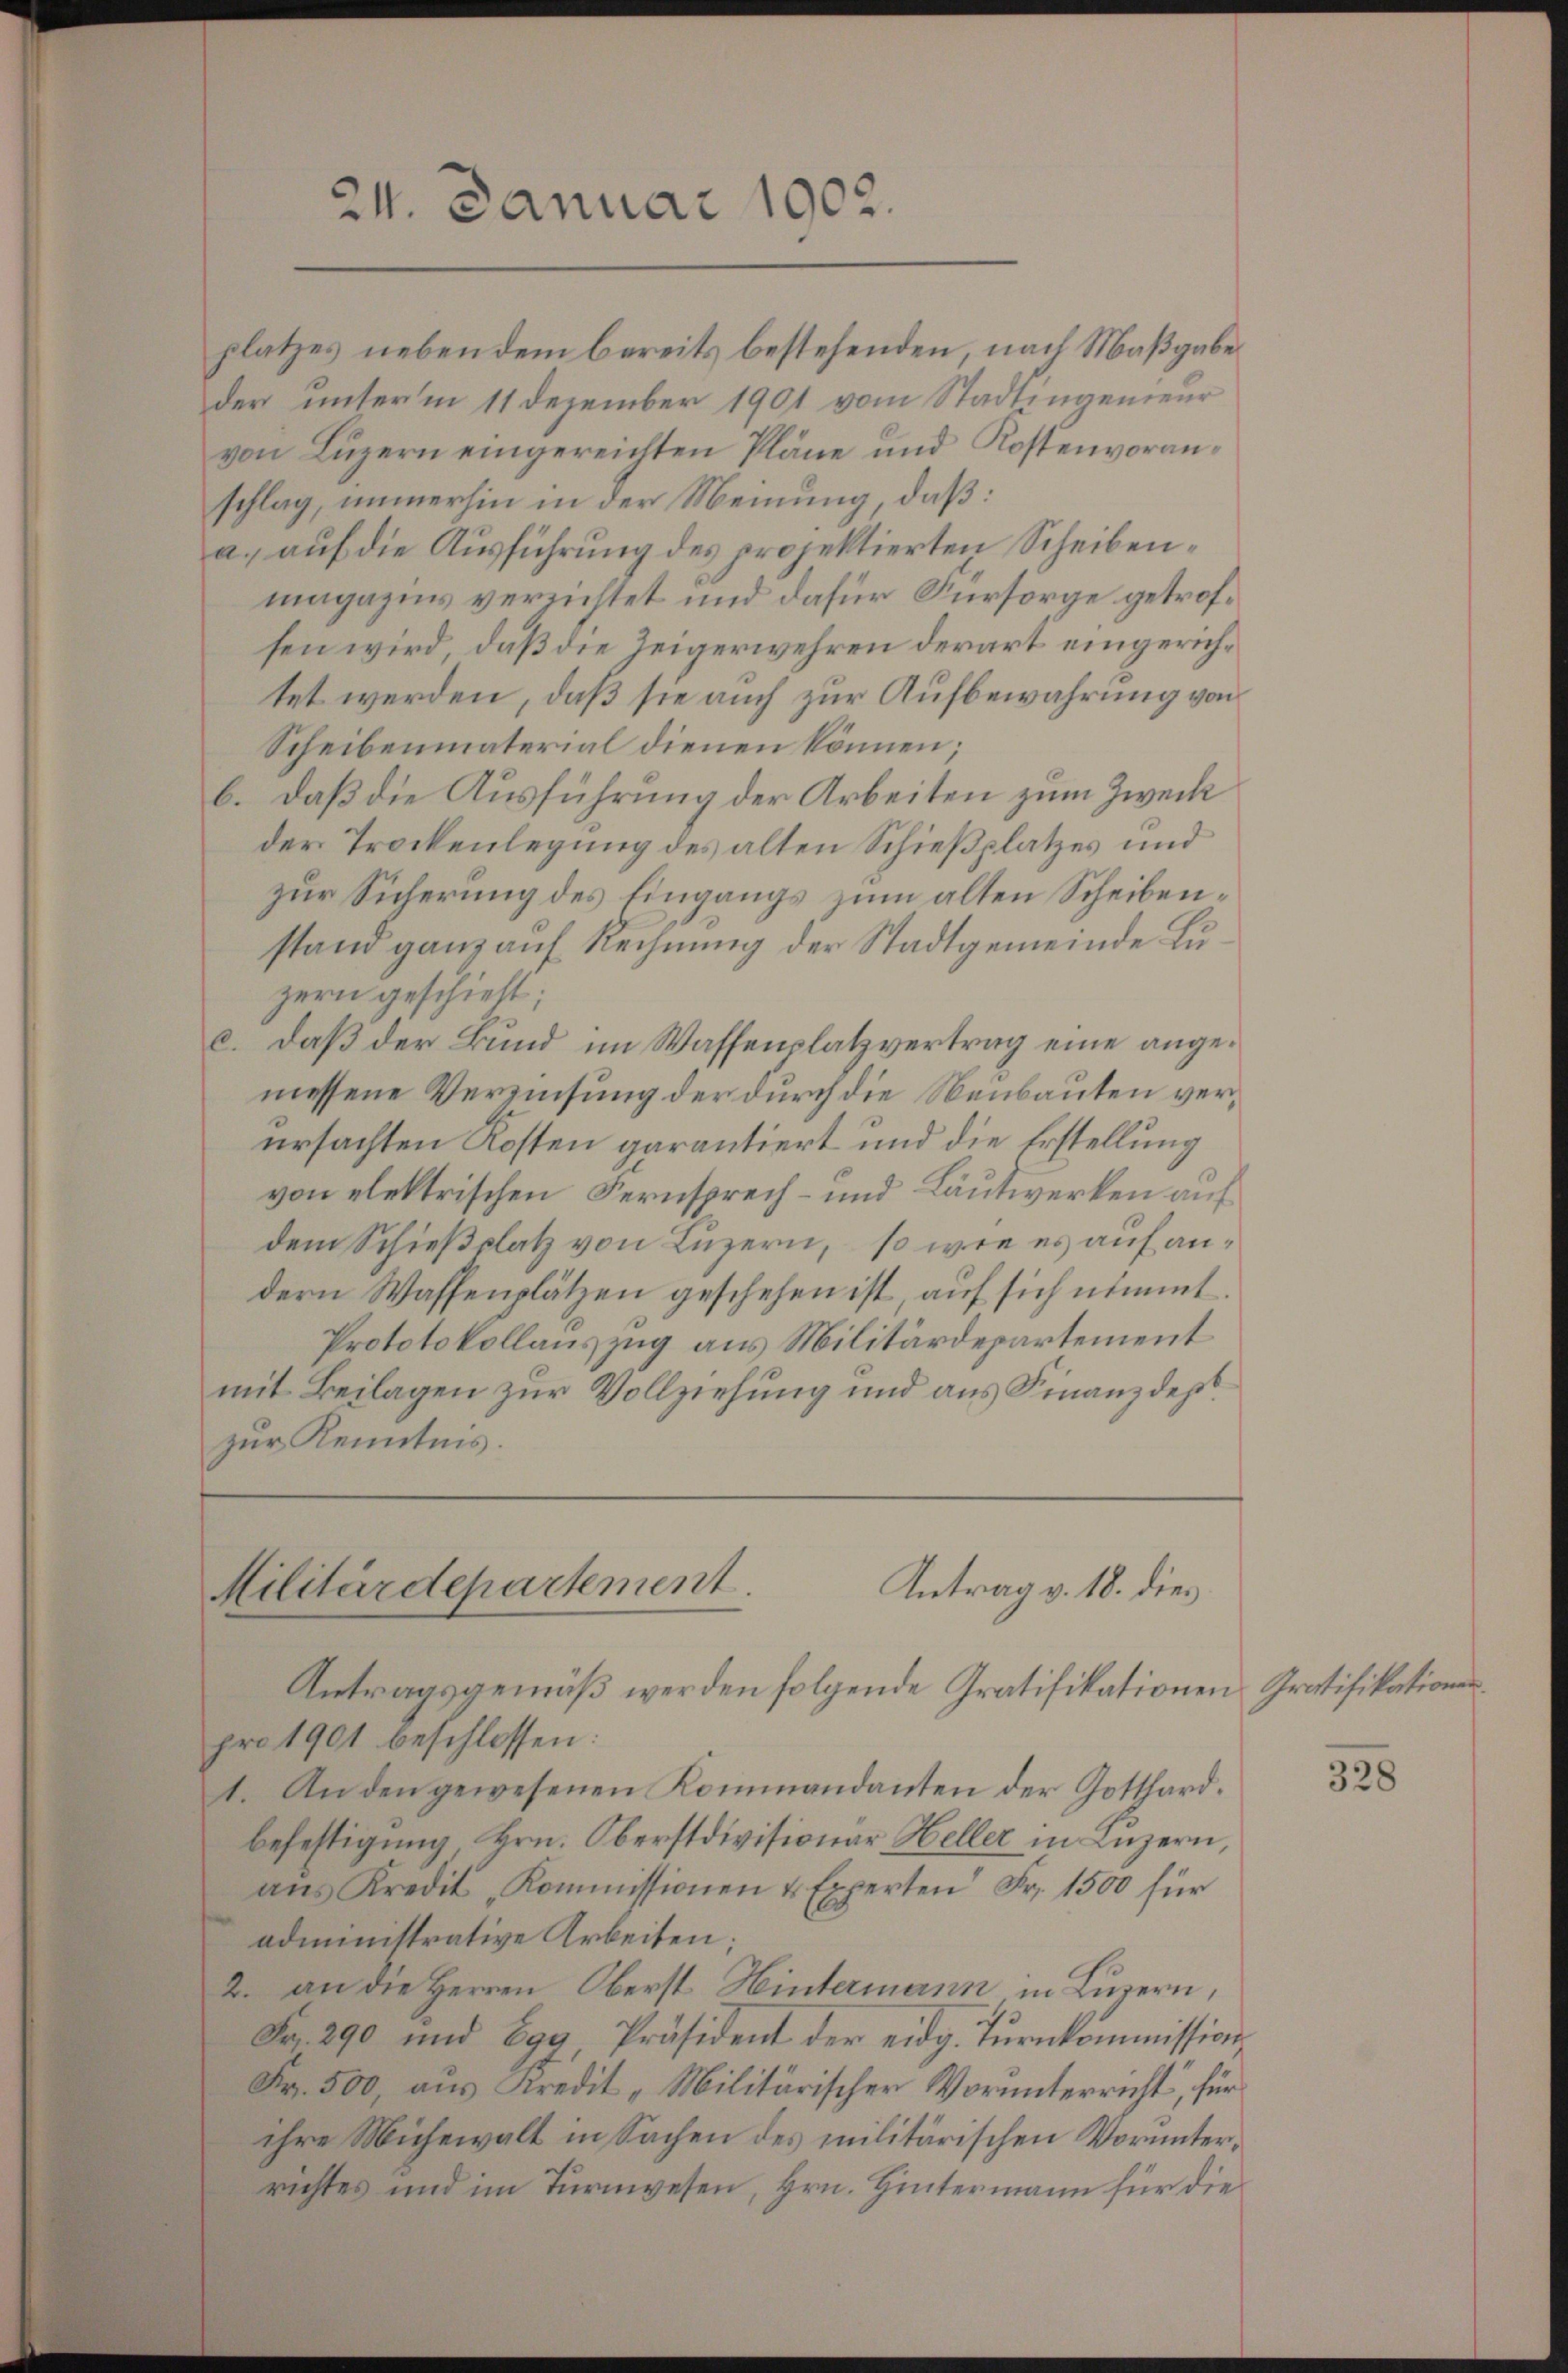
24. Januar 1902.

platzes nebendem bereits bestehenden, nach Maßgabe
der unterm 11 Dezember 1901 vom Stadtengenieur
von Luzern eingereichten Pläne und Kostenvoranschlag, immerhin in der Meinung, daß:
a. auf die Ausführung des projektierten Scheibenmagazins verrichtet und dafür Fürsorge getrofsen wird, daß die Zeigerwehren derart eingerichtet werden, daß sie auch zur Aufbewahrung von
Scheibenmaterial dienen können;
b. daß die Ausführung der Arbeiten zum Zweck
der Trockenlegung des alten Schießplatzes und
zur Sicherung des Eingangs zum alten Scheibenstand ganz auf Rechnung der Stadtgemeinde Luzern geschieht.
c. daß der Bund im Waffenplatzvertrag eine angemessene Verzinsung der durch die Neubauten verursachten Kosten garantiert und die Erstellung
von elektrischen Fernsprech- und Läutwerken auf
dem Schießplatz von Luzern, so wie es auf andern Waffenplätzen geschehen ist, auf sich nimmt.
Prototokollauszug aus Militärdepartement
mit Beilagen zur Vollziehung und aus Finanzdep
zur Kenntnis.

Antrag v. 18. dies
Militärdepartement.
Antragsgemäß werden folgende Gratifikationen Gratifikationen

pro 1901 beschlossen:
1. An den gewesenen Kommandanten der Gotthardbefestigung Hrn. Oberstdivisionar Heller in Luzern,
ans Kredit „Kommissionen u Experten Fr. 1500 für
administrative Arbeiten;
2. an die Herren Oberst Hintermann in Luzern,
Fr. 290 und 699 Präsident der eidg. Tŭrnkommission,
Fr. 500, aus Kredit "Militärischer Vorunterricht, für
ihre Michewalt in Sachen des militärischen Vorunterrichtes und im Turnwesen, Hrn. Hintermann für die

328